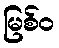
မြစ်ဝ